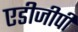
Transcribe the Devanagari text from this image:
एडीजीपी